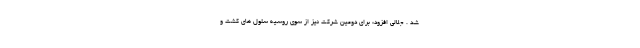
شد . جلالی افزود: برای دومین شرکت نیز از سوی روسیه سلول های کشت و